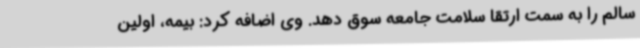
سالم را به سمت ارتقا سلامت جامعه سوق دهد. وی اضافه کرد: بیمه، اولین